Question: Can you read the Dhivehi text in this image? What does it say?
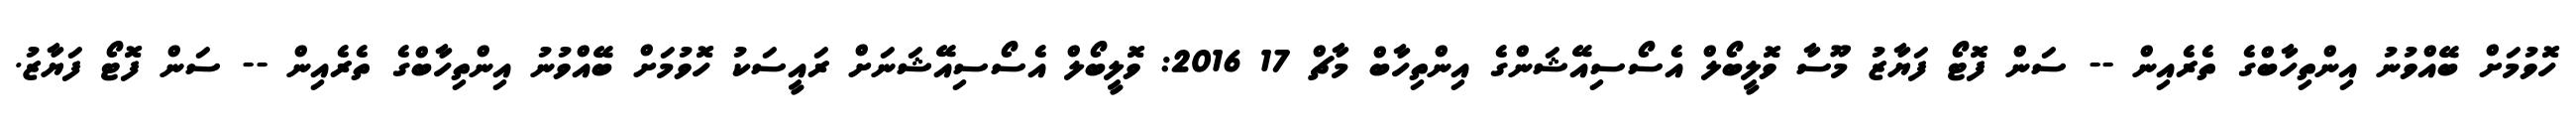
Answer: ހޮވުމަށް ބޭއްވުނު އިންތިހާބްގެ ތެރެއިން -- ސަން ފޮޓޯ ފަޔާޒު މޫސާ ވޮލީބޯލް އެސޯސިއޭޝަންގެ އިންތިހާބް މާޗް 17 2016: ވޮލީބޯލް އެސޯސިއޭޝަނަށް ރައީސަކު ހޮވުމަށް ބޭއްވުނު އިންތިހާބްގެ ތެރެއިން -- ސަން ފޮޓޯ ފަޔާޒު.